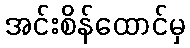
အင်းစိန်ထောင်မှ